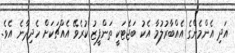
އަދި އެންމެންގެ އެއްބާރުލުމާ އެކު ބަޖެޓަކީ ތަންފީޒު ކުރެވޭ އެއްޗަކަށް ހެދިދާނެ އެވެ.